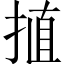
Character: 㨁